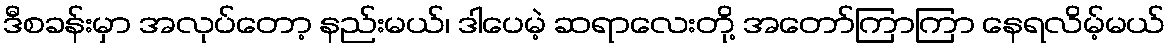
ဒီစခန်းမှာ အလုပ်တော့ နည်းမယ်၊ ဒါပေမဲ့ ဆရာလေးတို့ အတော်ကြာကြာ နေရလိမ့်မယ်